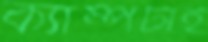
ক্যাম্পটাই